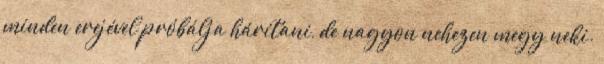
minden erejével próbálja hárítani, de nagyon nehezen megy neki.